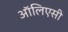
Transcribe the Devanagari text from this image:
ऑलिएसी